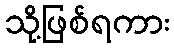
သို့ဖြစ်ရကား